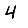
Digit: 4